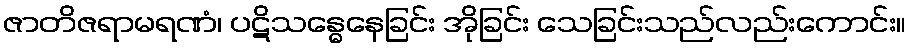
ဇာတိဇရာမရဏံ၊ ပဋိသန္ဓေနေခြင်း အိုခြင်း သေခြင်းသည်လည်းကောင်း။